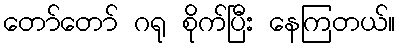
တော်တော် ဂရု စိုက်ပြီး နေကြတယ်။